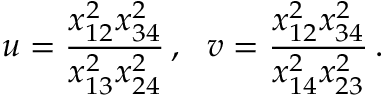
u = \frac { x _ { 1 2 } ^ { 2 } x _ { 3 4 } ^ { 2 } } { x _ { 1 3 } ^ { 2 } x _ { 2 4 } ^ { 2 } } \, , \, \, \, \, v = \frac { x _ { 1 2 } ^ { 2 } x _ { 3 4 } ^ { 2 } } { x _ { 1 4 } ^ { 2 } x _ { 2 3 } ^ { 2 } } \, .